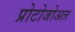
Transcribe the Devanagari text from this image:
प्रोटोजोअल